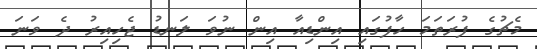
މެޗުގެ ފުރަތަމަ ހާފުގައި އިންޑިއާ އިން ނުވަ ލަނޑު ޖެހިއިރު ދެ ވަނަ